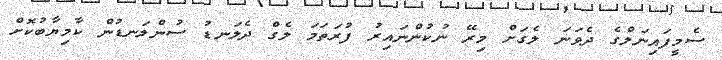
ސެމީފައިނަލްގެ ދެވަނަ ލެގަށް މިރޭ ނުކުންނައިރު ފުރަތަމަ ލެގް ދެލަނޑު ސުންލަނޑުން ކާމިޔާބުކޮށް